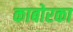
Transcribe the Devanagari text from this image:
काबोरका